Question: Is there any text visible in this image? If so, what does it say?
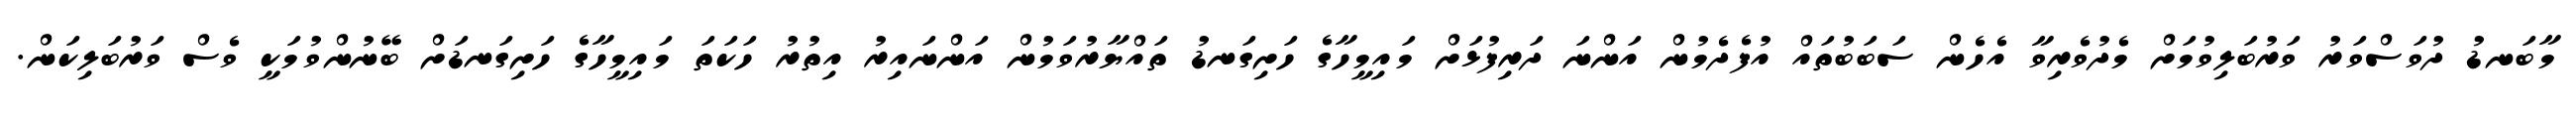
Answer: މާބަނޑު ދުވަސްވަރު ވަރުބަލިވުމަށް މެދުވެރިވާ އެހެން ސަބަބުތައް އުފެދެމުން އަންނަ ދަރިފުޅަށް މައިމީހާގެ ހަށިގަނޑު ތައްޔާރުވަމުން އަންނައިރު އިތުރު ހަކަތަ މައިމީހާގެ ހަށިގަނޑަށް ބޭނުންވުމަކީ ވެސް ވަރުބަލިކަން.